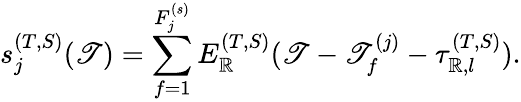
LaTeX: s_{j}^{(T,S)}(\mathscr{T})=\sum_{f=1}^{F_{j}^{(s)}}E_{\mathbb{R}}^{(T,S)}(\mathscr{T}-\mathscr{T}_{f}^{(j)}-\tau_{\mathbb{R},l}^{(T,S)}).